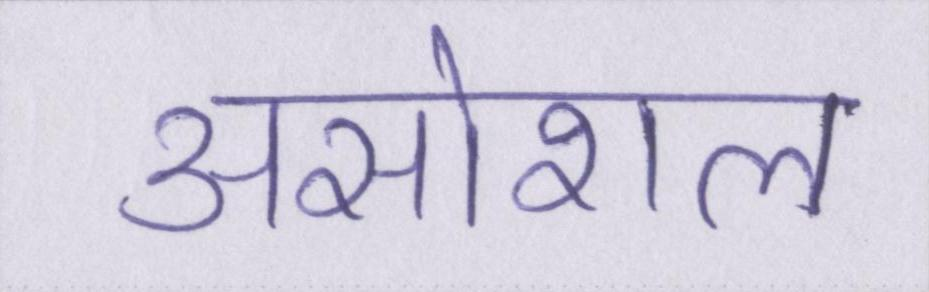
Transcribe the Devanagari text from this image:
असोशल